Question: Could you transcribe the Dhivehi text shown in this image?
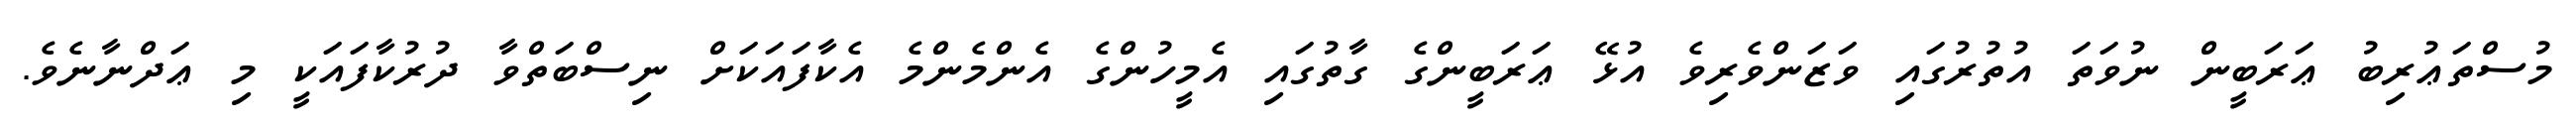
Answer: މުސްތަޢުރިބު ޢަރަބީން ނުވަތަ އުތުރުގައި ވަޒަންވެރިވެ އުޅޭ ޢަރަބީންގެ ގާތުގައި އެމީހުންގެ އެންމެންމެ އެކާފައަކަށް ނިސްބަތްވާ ދުރުކާފައަކީ މި ޢަދްނާނެވެ.